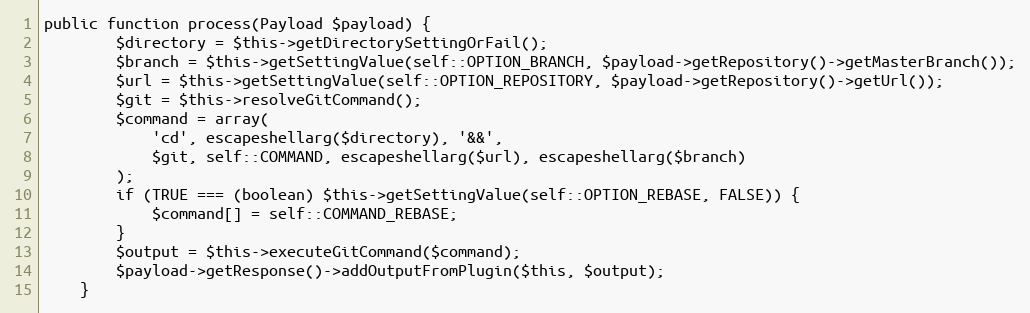
Language: PHP
public function process(Payload $payload) {
		$directory = $this->getDirectorySettingOrFail();
		$branch = $this->getSettingValue(self::OPTION_BRANCH, $payload->getRepository()->getMasterBranch());
		$url = $this->getSettingValue(self::OPTION_REPOSITORY, $payload->getRepository()->getUrl());
		$git = $this->resolveGitCommand();
		$command = array(
			'cd', escapeshellarg($directory), '&&',
			$git, self::COMMAND, escapeshellarg($url), escapeshellarg($branch)
		);
		if (TRUE === (boolean) $this->getSettingValue(self::OPTION_REBASE, FALSE)) {
			$command[] = self::COMMAND_REBASE;
		}
		$output = $this->executeGitCommand($command);
		$payload->getResponse()->addOutputFromPlugin($this, $output);
	}